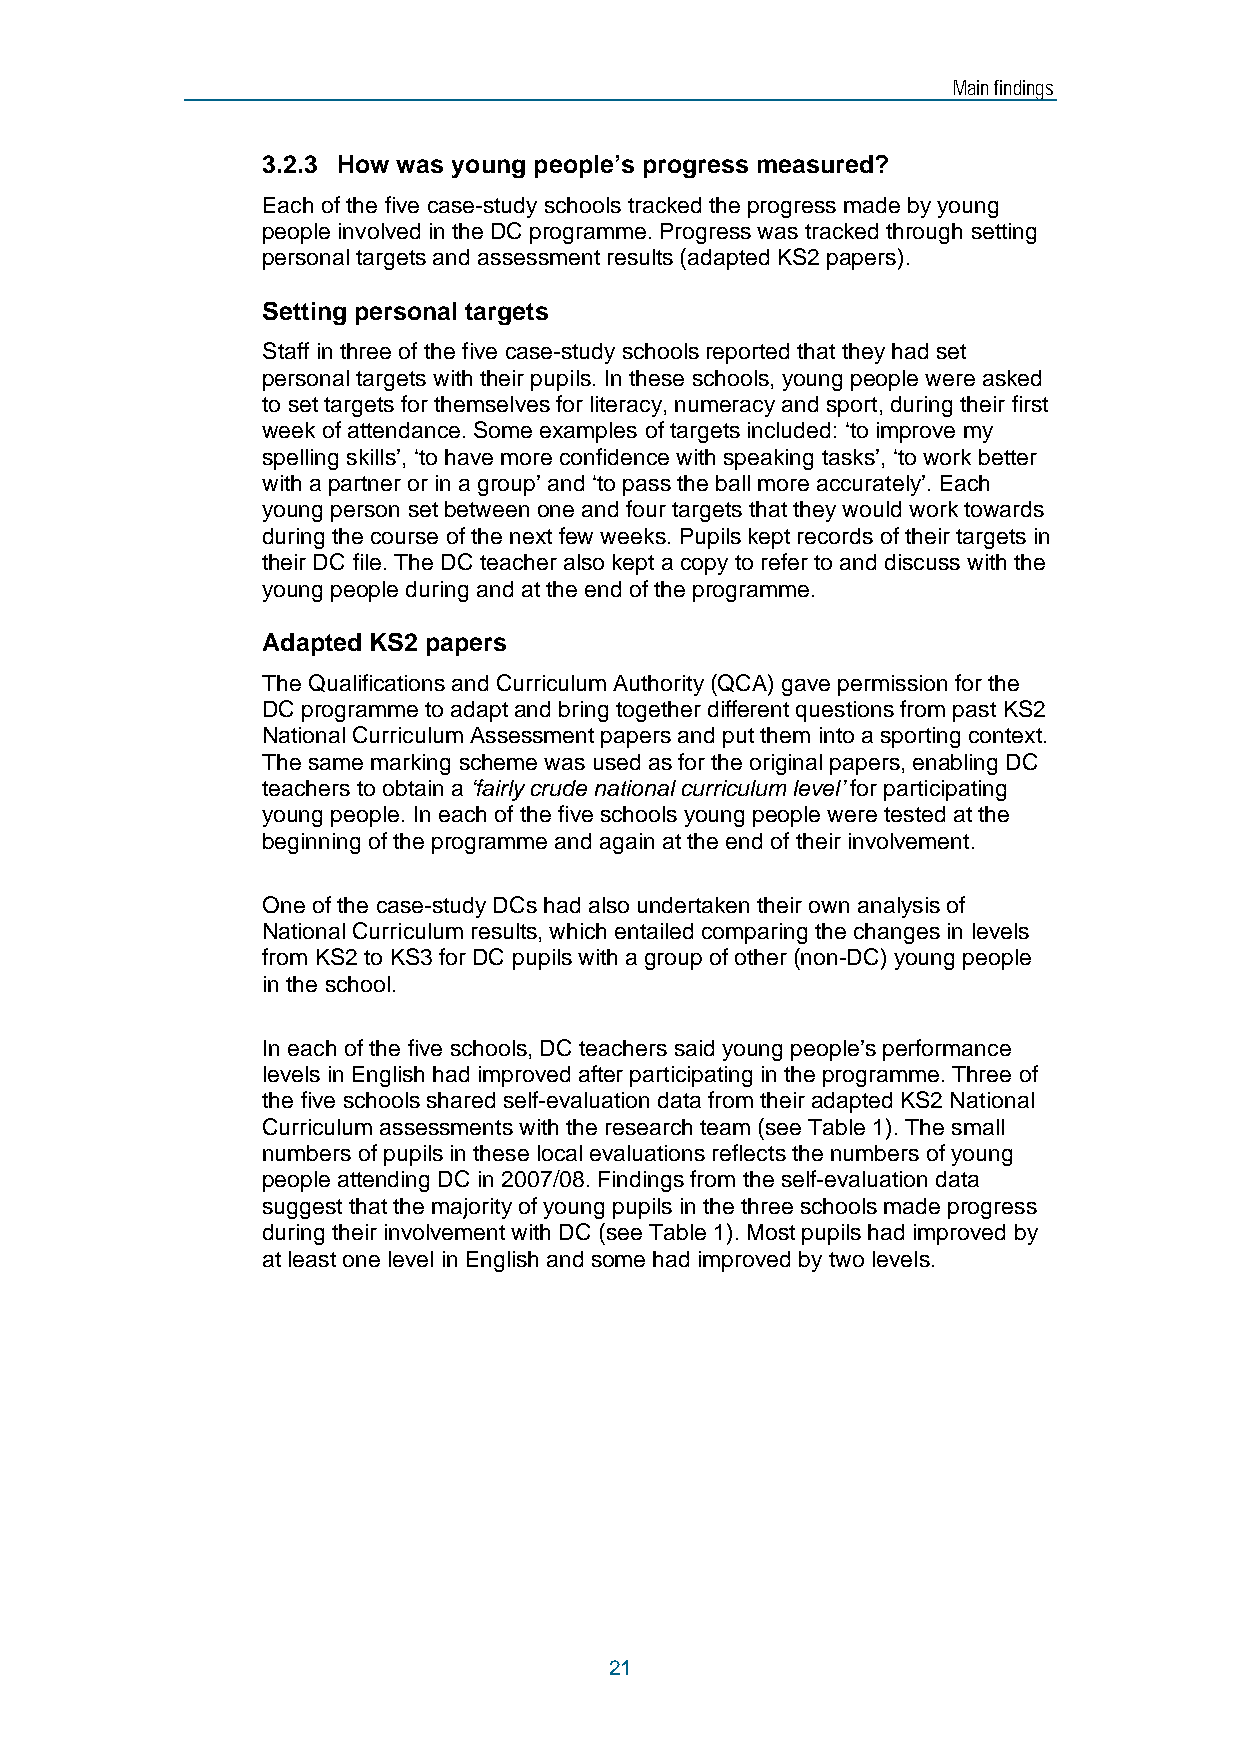
Main findings
 3.2.3 How was young people’s progress measured?
 Each of the five case-study schools tracked the progress made by young
 people involved in the DC programme. Progress was tracked through setting
 personal targets and assessment results (adapted KS2 papers).
 Setting personal targets
 Staff in three of the five case-study schools reported that they had set
 personal targets with their pupils. In these schools, young people were asked
 to set targets for themselves for literacy, numeracy and sport, during their first
 week of attendance. Some examples of targets included: ‘to improve my
 spelling skills’, ‘to have more confidence with speaking tasks’, ‘to work better
 with a partner or in a group’ and ‘to pass the ball more accurately’. Each
 young person set between one and four targets that they would work towards
 during the course of the next few weeks. Pupils kept records of their targets in
 their DC file. The DC teacher also kept a copy to refer to and discuss with the
 young people during and at the end of the programme.
 Adapted KS2 papers
 The Qualifications and Curriculum Authority (QCA) gave permission for the
 DC programme to adapt and bring together different questions from past KS2
 National Curriculum Assessment papers and put them into a sporting context.
 The same marking scheme was used as for the original papers, enabling DC
 teachers to obtain a ‘fairly crude national curriculum level’ for participating
 young people. In each of the five schools young people were tested at the
 beginning of the programme and again at the end of their involvement.
 One of the case-study DCs had also undertaken their own analysis of
 National Curriculum results, which entailed comparing the changes in levels
 from KS2 to KS3 for DC pupils with a group of other (non-DC) young people
 in the school.
 In each of the five schools, DC teachers said young people’s performance
 levels in English had improved after participating in the programme. Three of
 the five schools shared self-evaluation data from their adapted KS2 National
 Curriculum assessments with the research team (see Table 1). The small
 numbers of pupils in these local evaluations reflects the numbers of young
 people attending DC in 2007/08. Findings from the self-evaluation data
 suggest that the majority of young pupils in the three schools made progress
 during their involvement with DC (see Table 1). Most pupils had improved by
 at least one level in English and some had improved by two levels.
 21